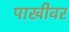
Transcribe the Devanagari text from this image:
पाखीवर